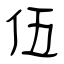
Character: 伍